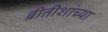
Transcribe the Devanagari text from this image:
ब्रीतीशांच्या